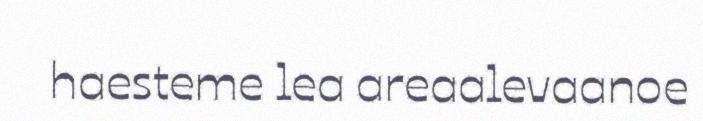
haesteme lea areaalevaanoe